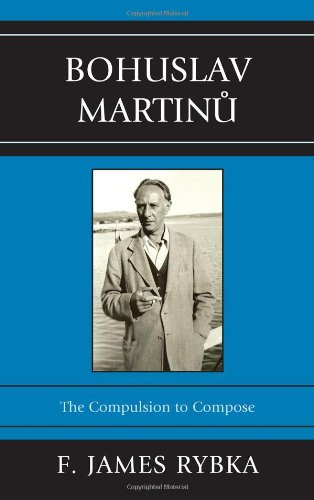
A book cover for Bohuslav Martinu: The Compulsion to Compose; F. James Rybka; Biographies & Memoirs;